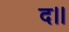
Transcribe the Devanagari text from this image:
द।।